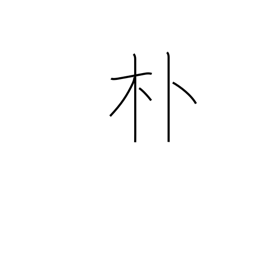
Meaning: simple